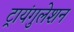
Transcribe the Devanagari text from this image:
ट्रायंगुलेशन